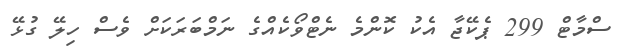
ސްމާޓް 299 ޕެކޭޖާ އެކު ކޮންމެ ނެޓްވޯކެއްގެ ނަމްބަރަކަށް ވެސް ހިލޭ ގުޅޭ